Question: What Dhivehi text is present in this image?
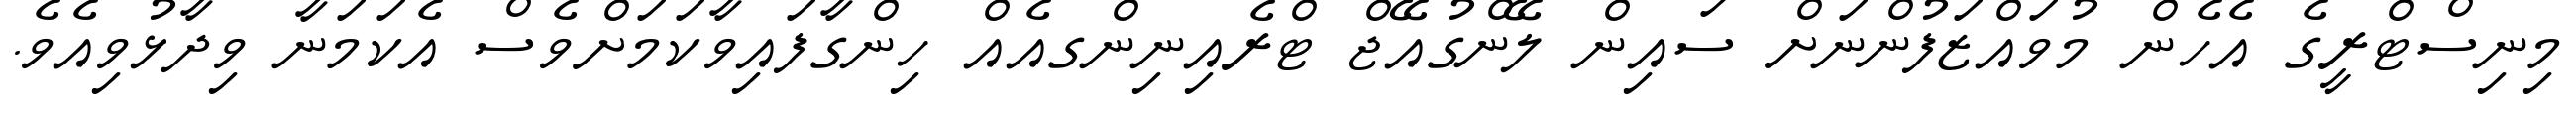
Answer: މިނިސްޓްރީގެ އެހެން މުވައްޒަފުންނަށް ސައިން ލޭންގުއޭޖް ޓްރެއިނިންގއެއް ހިންގާފައިވާކަމަށްވެސް އެކަމަނާ ވިދާޅުވިއެވެ.